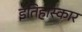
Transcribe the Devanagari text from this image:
इतिहास्कार